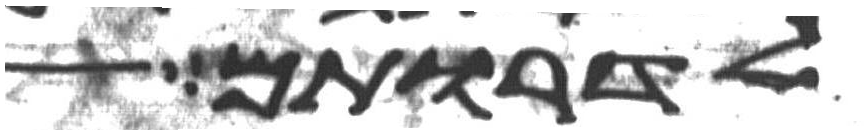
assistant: לדרותם